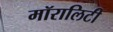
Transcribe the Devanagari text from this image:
मॉरालिटी